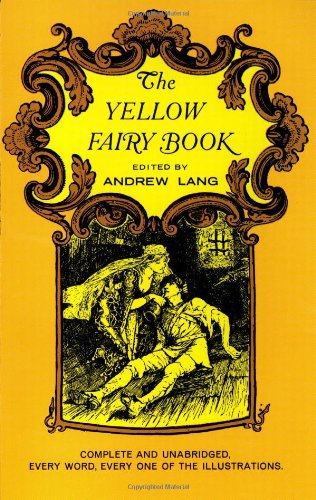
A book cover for The Yellow Fairy Book (Dover Children's Classics); Children's Books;